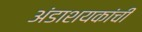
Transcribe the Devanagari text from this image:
अंडाशयकांची